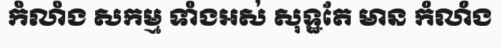
កំលាំង សកម្ម ទាំងអស់ សុទ្ឋតែ មាន កំលាំង